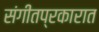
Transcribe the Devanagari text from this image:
संगीतप्रकारात